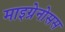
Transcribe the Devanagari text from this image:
माइग्रेनोसस